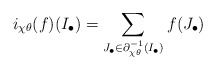
\begin{align*} i_{\chi\theta}(f)(I_\bullet) = \sum_{J_\bullet\in \partial_{\chi\theta}^{-1}(I_\bullet)} f(J_\bullet)\end{align*}